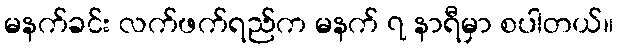
မနက်ခင်း လက်ဖက်ရည်က မနက် ၇ နာရီမှာ စပါတယ်။